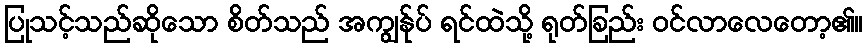
ပြုသင့်သည်ဆိုသော စိတ်သည် အကျွန်ုပ် ရင်ထဲသို့ ရုတ်ခြည်း ဝင်လာလေတော့၏။